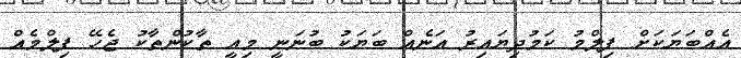
އެއްބަޔަކަށް ފިލްމު ކަމުދިޔައިރު އަނެއް ބަޔަކު ބުނަނީ މިއީ ތާކުންތާކު ޖެހޭ ފިލްމެއް